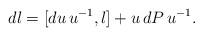
LaTeX: \begin{align*}dl=[du\,u^{-1},l]+u\,dP\,u^{-1}.\;\;\end{align*}